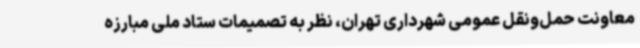
معاونت حمل‌ونقل عمومی شهرداری تهران، نظر به تصمیمات ستاد ملی مبارزه